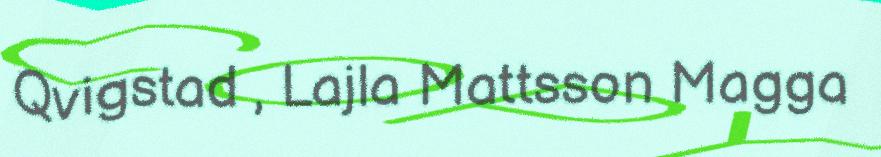
Qvigstad , Lajla Mattsson Magga